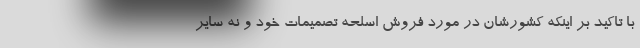
با تاکید بر اینکه کشورشان در مورد فروش اسلحه تصمیمات خود و نه سایر